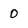
Character: 0